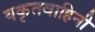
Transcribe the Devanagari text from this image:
यकृतवाहिनी